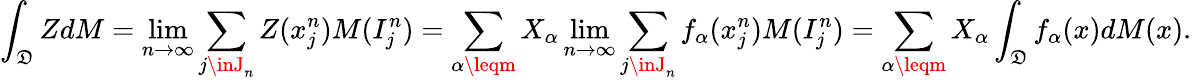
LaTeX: \int_{\mathfrak{D}}ZdM=\operatorname*{lim}_{n\to\infty}\sum_{j\inJ_{n}}Z(x_{j}^{n})M(I_{j}^{n})=\sum_{\alpha\leqm}X_{\alpha}\operatorname*{lim}_{n\to\infty}\sum_{j\inJ_{n}}f_{\alpha}(x_{j}^{n})M(I_{j}^{n})=\sum_{\alpha\leqm}X_{\alpha}\int_{\mathfrak{D}}f_{\alpha}(x)dM(x).